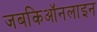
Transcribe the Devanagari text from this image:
जबकिऑनलाइन